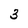
Character: 3